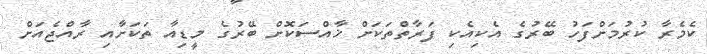
ކެމެރާ ކުރުމަށްފަހު ބޭރުގެ އެކިއެކި ފަރާތްތަކަށް ޚާއްސަކޮށް ބޭރުގެ މީޑިއާ ތަކަށާއި ރާއްޖެއަށް